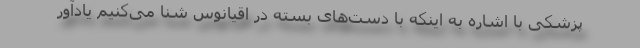
پزشکی با اشاره به اینکه با دست‌های بسته در اقیانوس شنا می‌کنیم یادآور